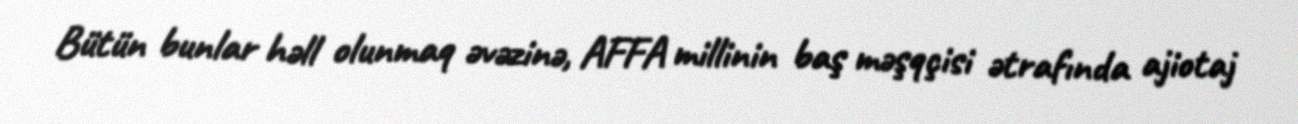
Bütün bunlar həll olunmaq əvəzinə, AFFA millinin baş məşqçisi ətrafında ajiotaj